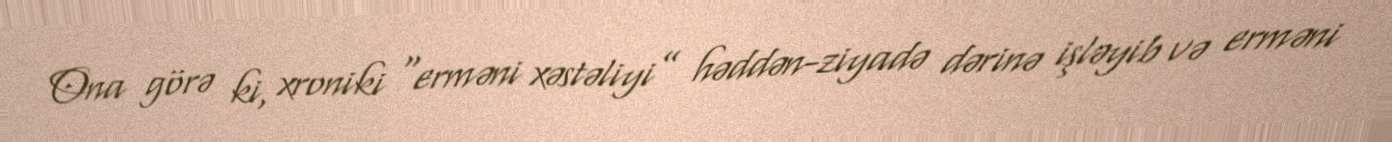
Ona görə ki, xroniki “erməni xəstəliyi” həddən-ziyadə dərinə işləyib və erməni